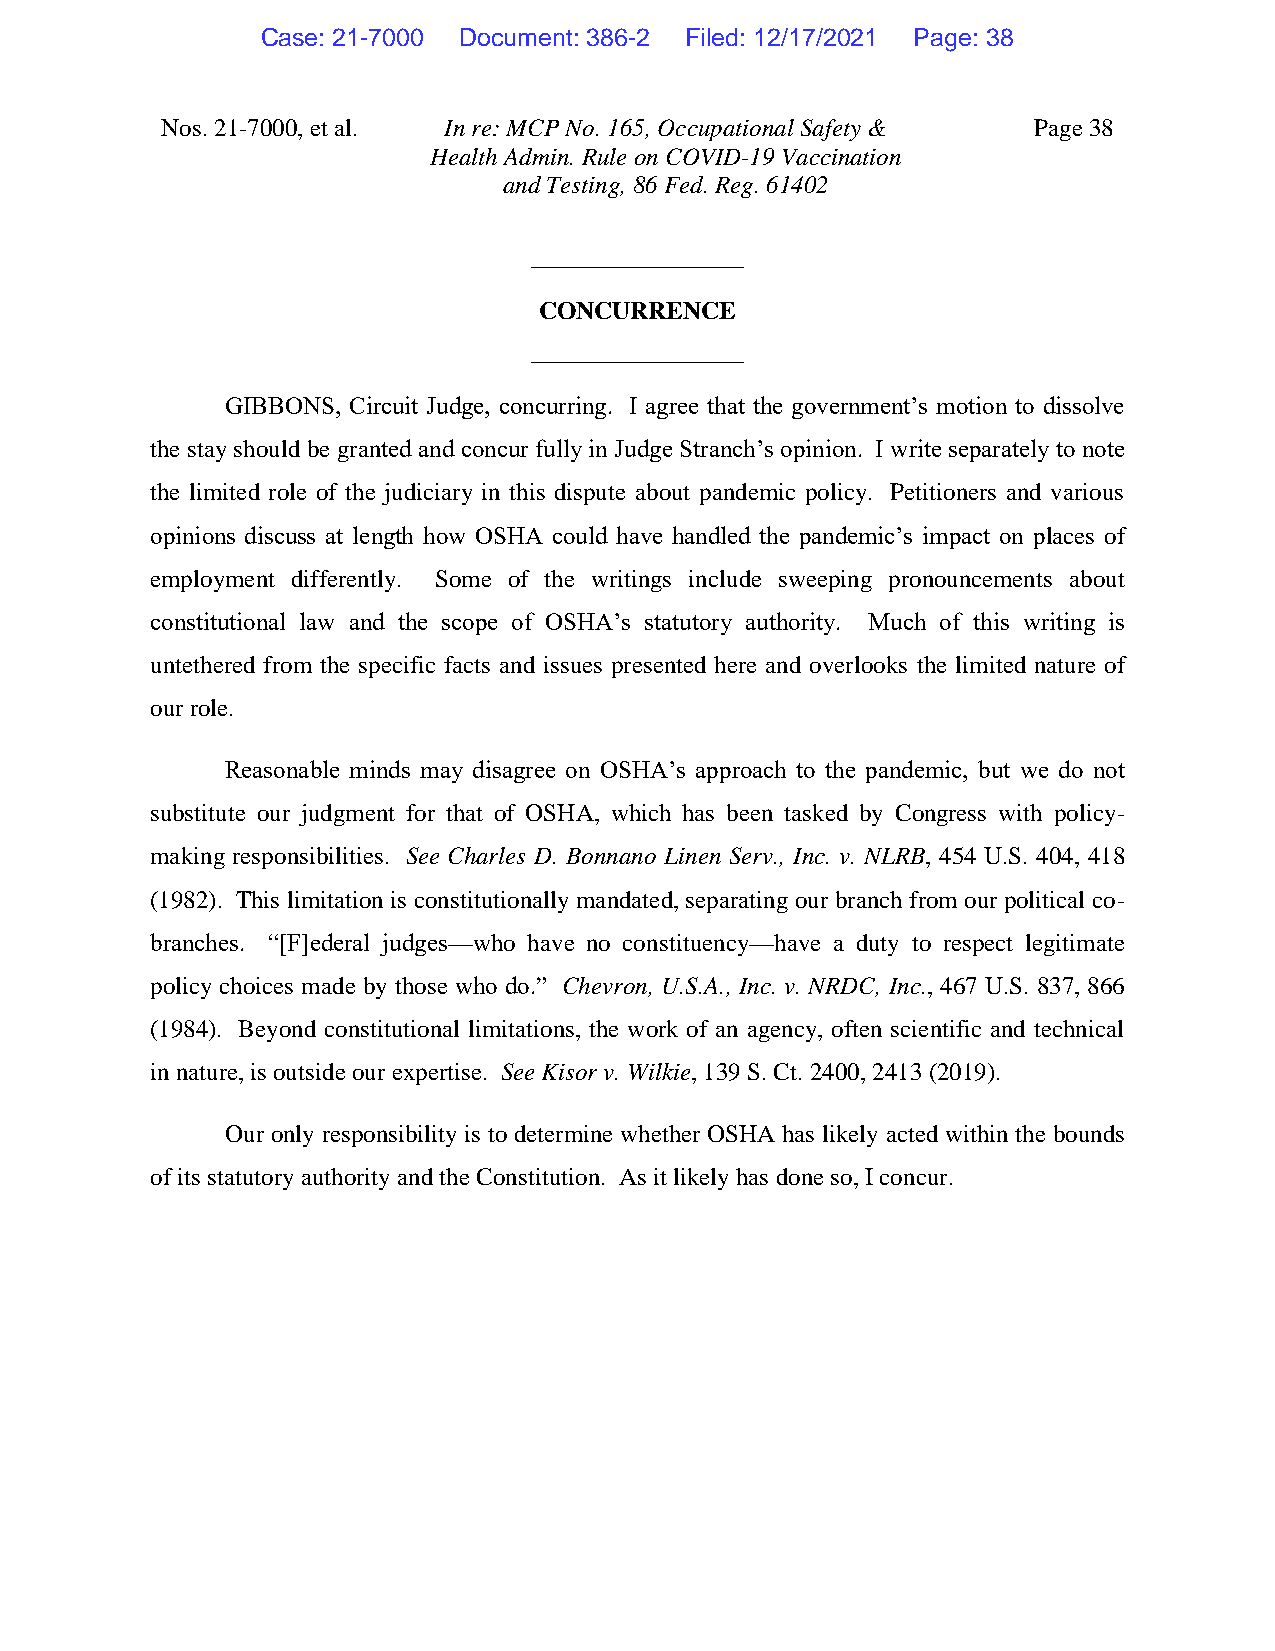
Case: 21-7000 Document: 386-2 Filed: 12/17/2021 Page: 38
 Nos. 21-7000, et al. In re: MCP No. 165, Occupational Safety & Page 38
 Health Admin. Rule on COVID-19 Vaccination
 and Testing, 86 Fed. Reg. 61402
 _________________
 CONCURRENCE
 _________________
 GIBBONS, Circuit Judge, concurring. I agree that the government’s motion to dissolve
 the stay should be granted and concur fully in Judge Stranch’s opinion. I write separately to note
 the limited role of the judiciary in this dispute about pandemic policy. Petitioners and various
 opinions discuss at length how OSHA could have handled the pandemic’s impact on places of
 employment differently. Some of the writings include sweeping pronouncements about
 constitutional law and the scope of OSHA’s statutory authority. Much of this writing is
 untethered from the specific facts and issues presented here and overlooks the limited nature of
 our role.
 Reasonable minds may disagree on OSHA’s approach to the pandemic, but we do not
 substitute our judgment for that of OSHA, which has been tasked by Congress with policy-
 making responsibilities. See Charles D. Bonnano Linen Serv., Inc. v. NLRB, 454 U.S. 404, 418
 (1982). This limitation is constitutionally mandated, separating our branch from our political co-
 branches. “[F]ederal judges—who have no constituency—have a duty to respect legitimate
 policy choices made by those who do.” Chevron, U.S.A., Inc. v. NRDC, Inc., 467 U.S. 837, 866
 (1984). Beyond constitutional limitations, the work of an agency, often scientific and technical
 in nature, is outside our expertise. See Kisor v. Wilkie, 139 S. Ct. 2400, 2413 (2019).
 Our only responsibility is to determine whether OSHA has likely acted within the bounds
 of its statutory authority and the Constitution. As it likely has done so, I concur.